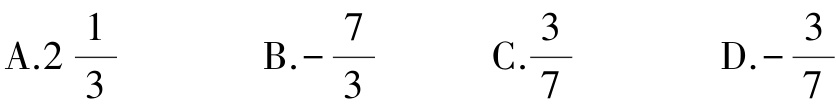
A.$2\frac{1}{3}$  B.$-\frac{7}{3}$  C.$\frac{3}{7}$  D.$-\frac{3}{7}$